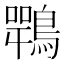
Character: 𪄍